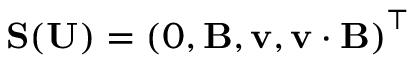
\mathbf { S } ( \mathbf { U } ) = \left( 0 , \mathbf { B } , \mathbf { v } , \mathbf { v } \cdot \mathbf { B } \right) ^ { \top }